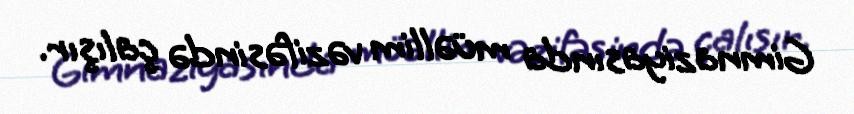
Gimnaziyasında müəllim vəzifəsində çalışır.